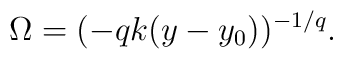
\Omega = ( - qk (y - y_0 ) )^{-1/q} .